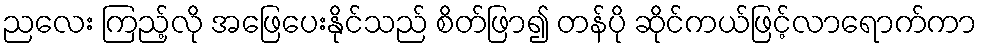
ညလေး ကြည့်လို အဖြေပေးနိုင်သည် စိတ်ဖြာ၍ တန်ပို ဆိုင်ကယ်ဖြင့်လာရောက်ကာ